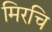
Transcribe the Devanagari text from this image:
मिरचि